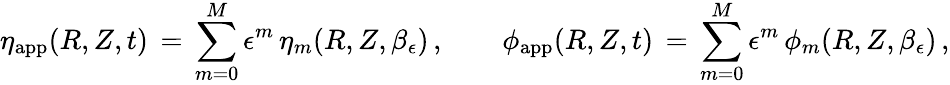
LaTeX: \eta_{\mathrm{app}}(R,Z,t)\, =\, \sum_{m=0}^{M}\epsilon^{m}\, \eta_{m}(R,Z,\beta_{\epsilon})\, ,\qquad\phi_{\mathrm{app}}(R,Z,t)\, =\, \sum_{m=0}^{M}\epsilon^{m}\, \phi_{m}(R,Z,\beta_{\epsilon})\, ,